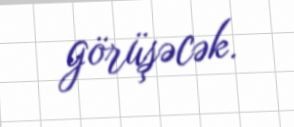
görüşəcək.